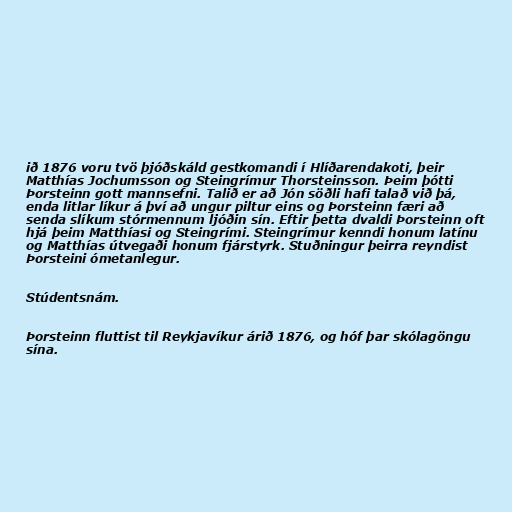
ið 1876 voru tvö þjóðskáld gestkomandi í Hlíðarendakoti, þeir
Matthías Jochumsson og Steingrímur Thorsteinsson. Þeim þótti
Þorsteinn gott mannsefni. Talið er að Jón söðli hafi talað við þá,
enda litlar líkur á því að ungur piltur eins og Þorsteinn færi að
senda slíkum stórmennum ljóðin sín. Eftir þetta dvaldi Þorsteinn oft
hjá þeim Matthíasi og Steingrími. Steingrímur kenndi honum latínu
og Matthías útvegaði honum fjárstyrk. Stuðningur þeirra reyndist
Þorsteini ómetanlegur.

Stúdentsnám.

Þorsteinn fluttist til Reykjavíkur árið 1876, og hóf þar skólagöngu
sína.